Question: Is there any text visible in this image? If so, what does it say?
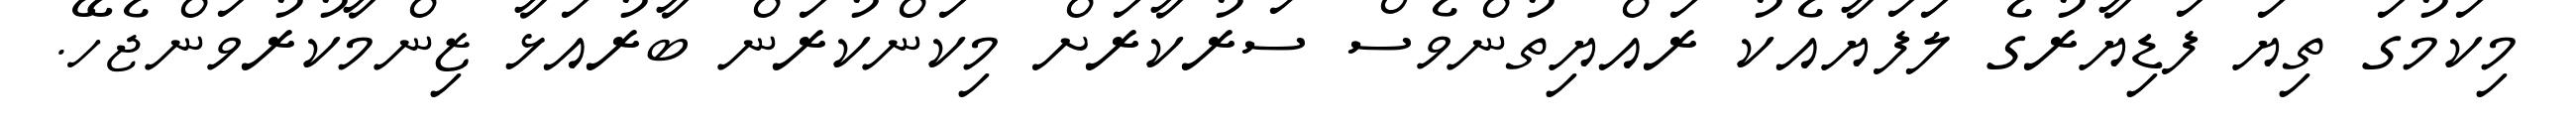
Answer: މިކަމުގަ ތިޔަ ފަޑިޔާރުގެ ލަފަޔާއެކު ރައްޔިތުންވެސް ސަރުކާރަށް މިކަންކުރަން ބާރުއަޅާ ޒިންމާކުރުވަންޖެހޭ.